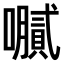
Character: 𫬤